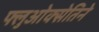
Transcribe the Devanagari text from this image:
फ्लुओक्सेतिने